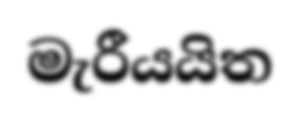
මැරීයයිත